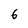
Character: 6